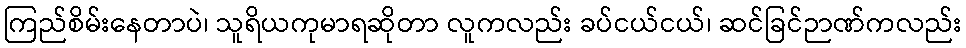
ကြည်စိမ်းနေတာပဲ၊ သူရိယကုမာရဆိုတာ လူကလည်း ခပ်ငယ်ငယ်၊ ဆင်ခြင်ဉာဏ်ကလည်း